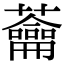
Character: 蘥